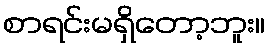
စာရင်းမရှိတော့ဘူး။